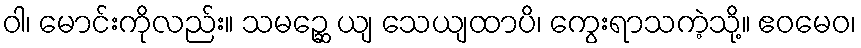
ဝါ၊ မောင်းကိုလည်း။ သမဉ္ဆေ ယျ သေယျထာပိ၊ ကွေးရာသကဲ့သို့။ ဧဝမေဝ၊